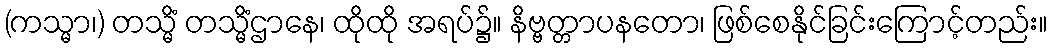
(ကသ္မာ၊) တသ္မိံ တသ္မိံဌာနေ၊ ထိုထို အရပ်၌။ နိဗ္ဗတ္တာပနတော၊ ဖြစ်စေနိုင်ခြင်းကြောင့်တည်း။